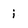
Character: i